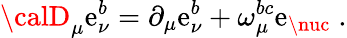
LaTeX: {\calD}_{\mu}\mathrm{e}_{\nu}^{b}=\partial_{\mu}\mathrm{e}_{\nu}^{b}+\omega_{\mu}^{bc}\mathrm{e}_{\nuc}\; .